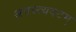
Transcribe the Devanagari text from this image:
अगस्त्यवटम्